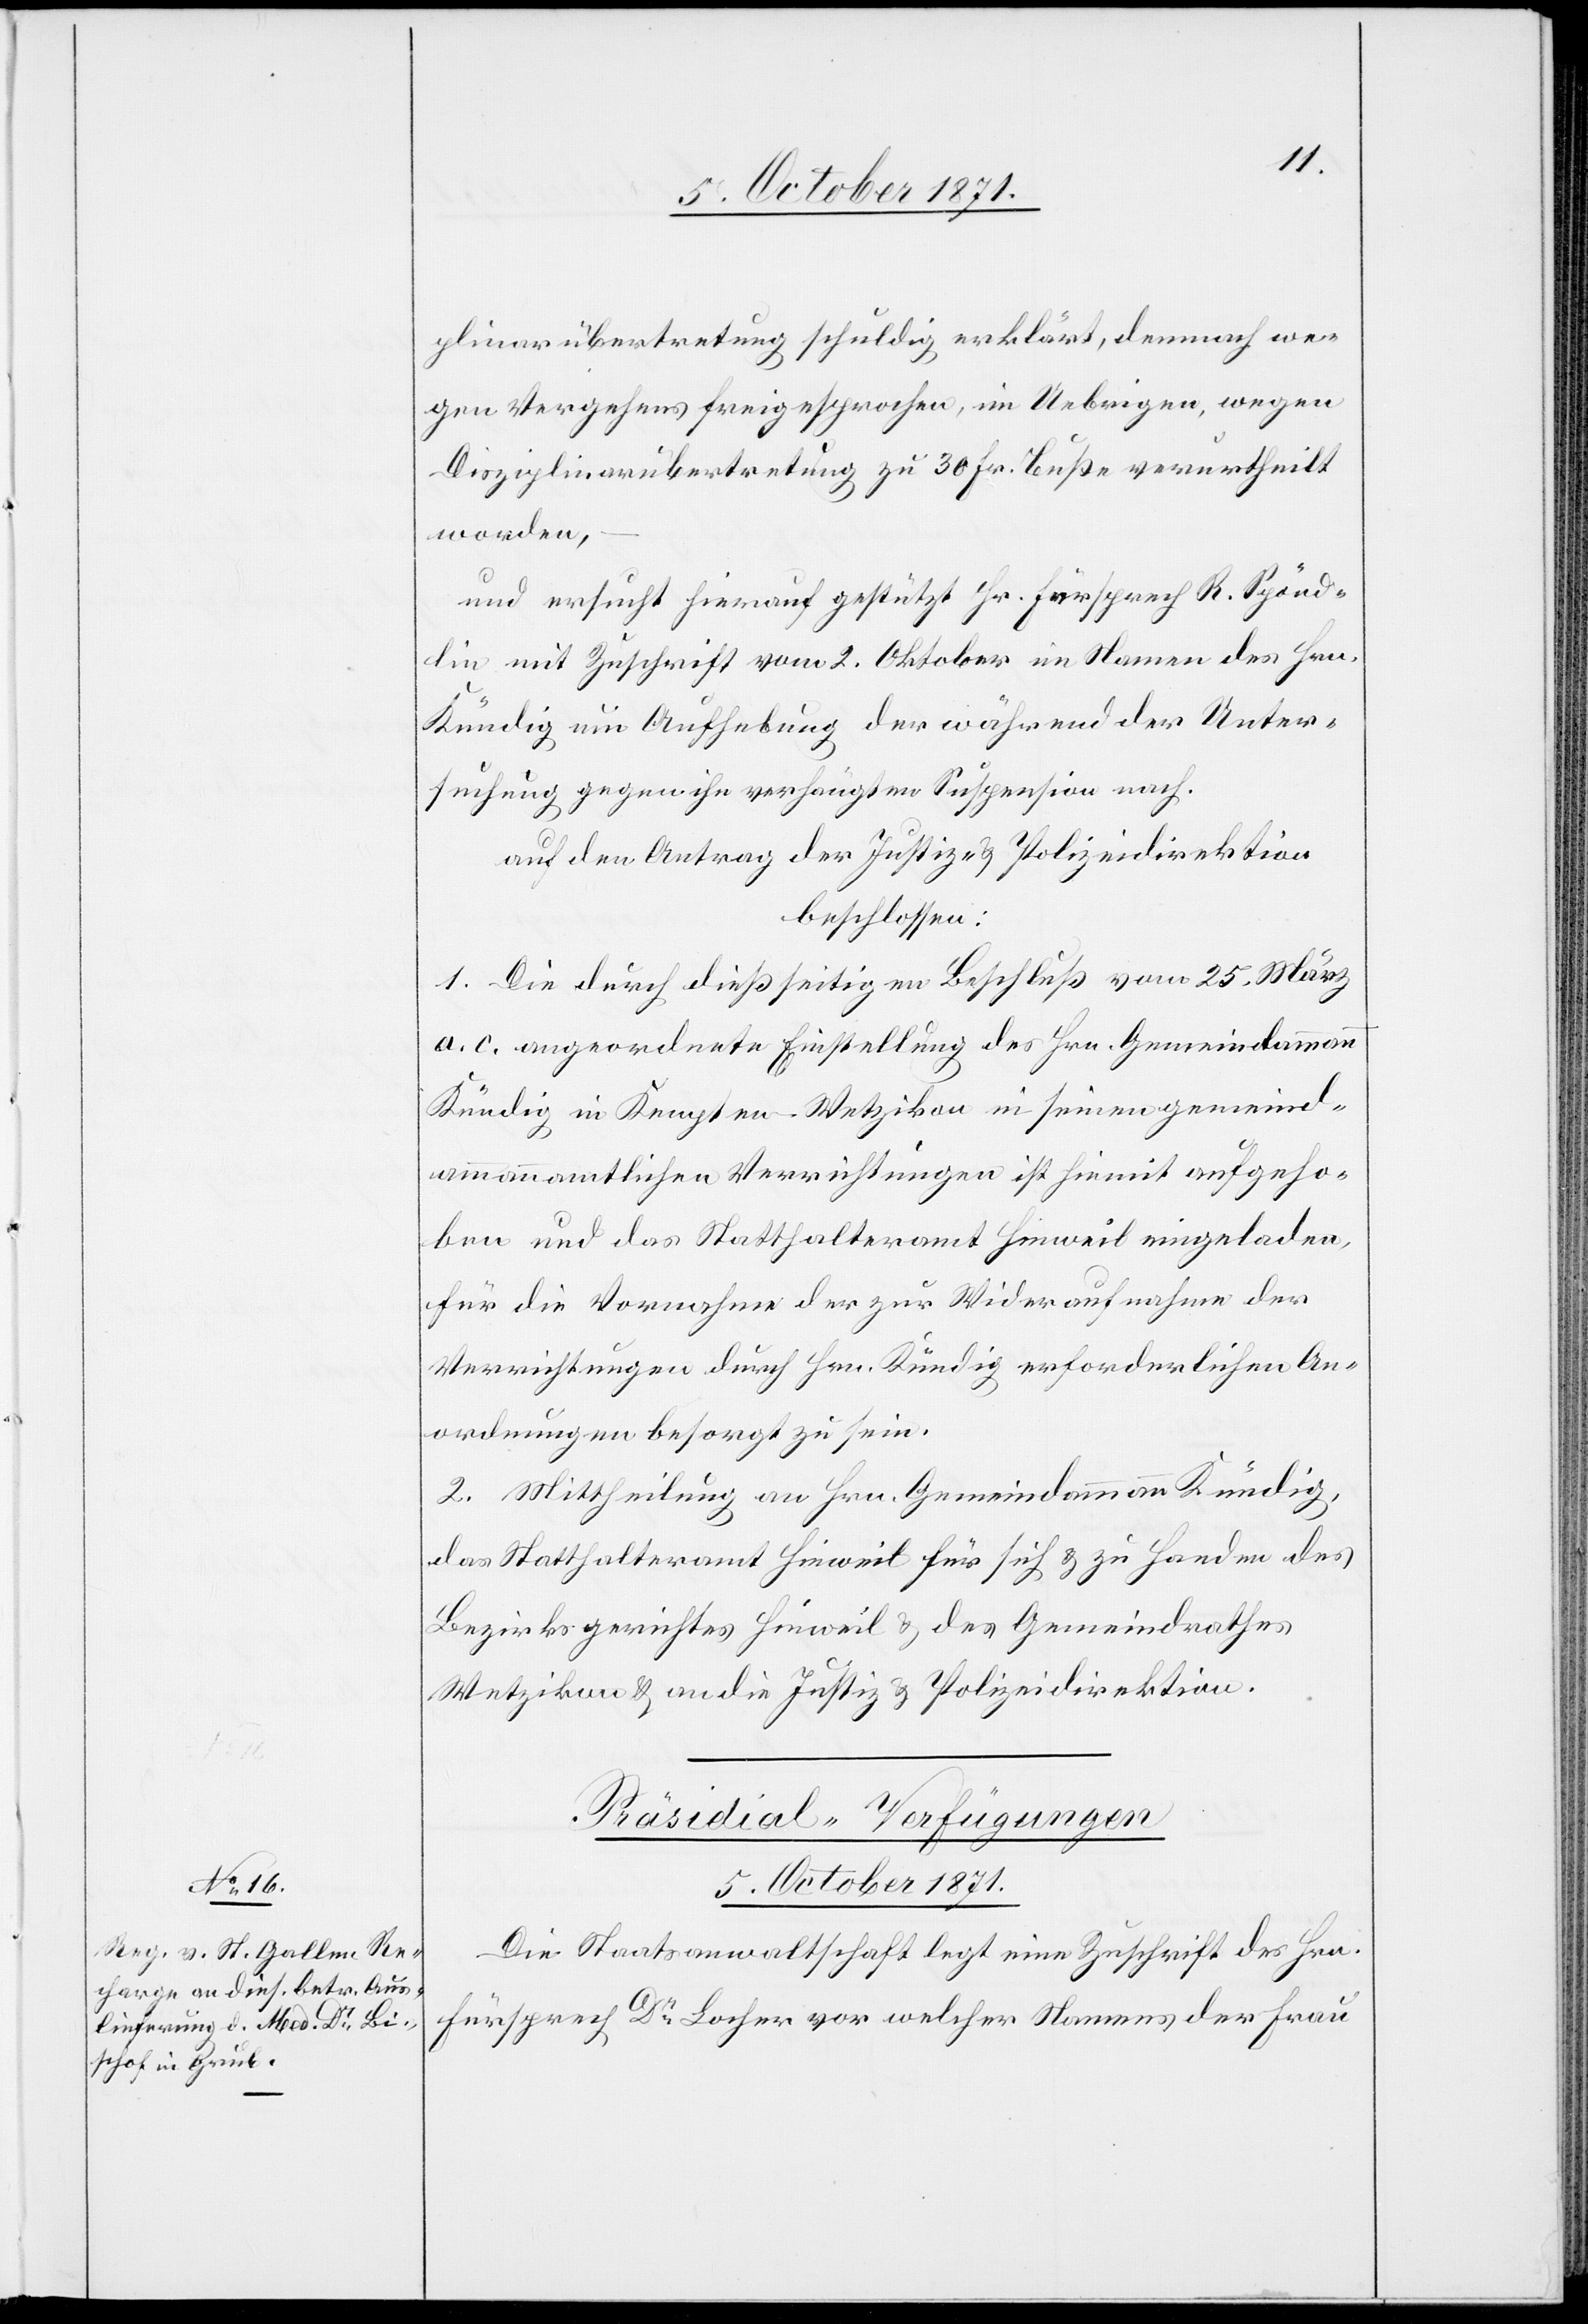
5. October 1871.
plinarübertretung schuldig erklärt, demnach we¬
gen Vergehens freigesprochen, im Uebrigen, wegen
Disziplinarübertretung zu 30 Fr. Buße verurtheilt
worden,
und ersucht hienach gestützt Hr. Fürsprech R. Spönd¬
lin mit Zuschrift vom 2. Oktober im Namen des Hrn.
Kündig um Aufhebung der während der Unter¬
suchung gegen ihn verfügten Suspension nach.
auf den Antrag der Justiz- & Polizeidirektion
beschlossen:
1. Die durch dießseitigen Beschluß vom 25. März
a. c. angeordnete Einstellung des Hrn. Gemeindammann
Kündig in Kempten - Wetzikon in seinen gemeind¬
ammannamtlichen Verrichtungen ist hiemit aufgeho¬
ben und das Statthalteramt Hinweil eingeladen,
für die Vornahme der zur Wiederaufnahme der
Verrichtungen durch Hrn. Kündig erforderlichen An¬
ordnungen besorgt zu sein.
2. Mittheilung an Hrn. Gemeindammann Kündig,
das Statthalteramt Hinweil für sich & zu Handen des
Bezirksgerichtes Hinweil & des Gemeindrathes
Wetzikon & an die Justiz- & Polizeidirektion.
Präsidial-Verfügungen
Die Staatsanwaltschaft legt eine Zuschrift des Hrn.
Fürsprech Dr Locher vor welcher Namens der Frau